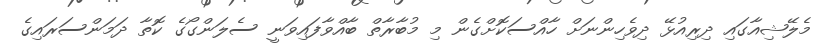
މެލޭޝިއާގައި ދިރިއުޅޭ ދިވެހިންނަށް ހާއްސަކޮށްގެން މި މުބާރާތް ބާއްވާފައިވަނީ ސެލަންގޯގެ ކޮތާ ދަމަންސަރައިގެ